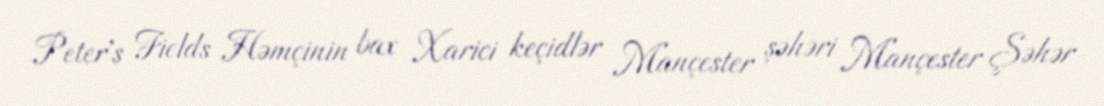
Peter's Fields Həmçinin bax Xarici keçidlər Mançester şəhəri Mançester Şəhər